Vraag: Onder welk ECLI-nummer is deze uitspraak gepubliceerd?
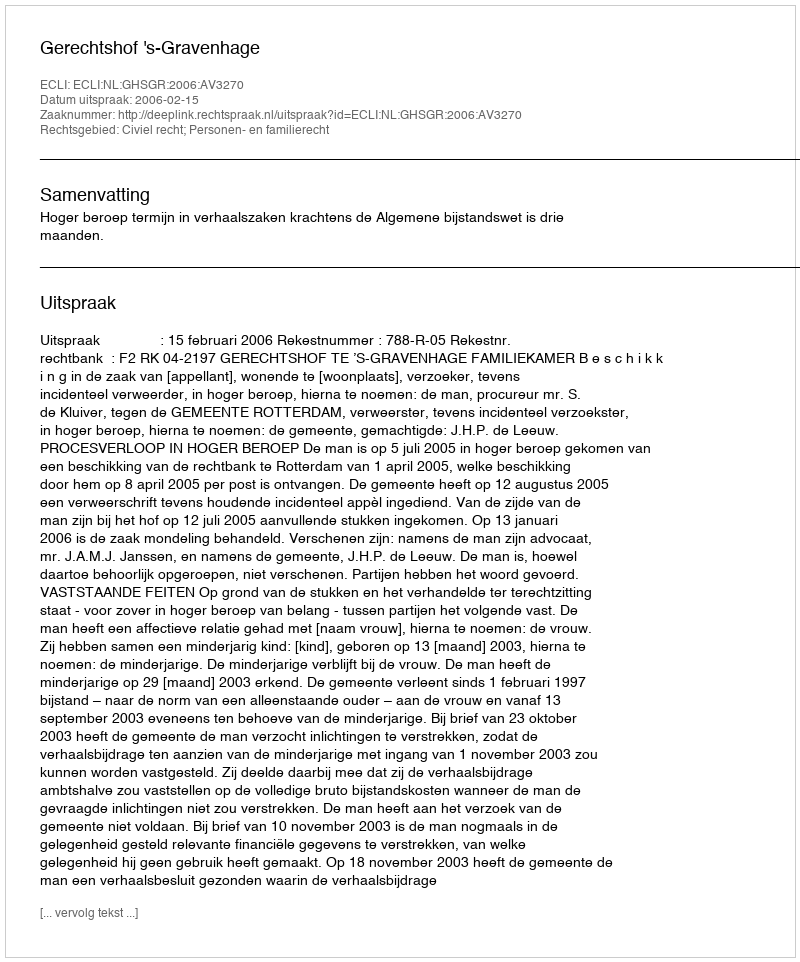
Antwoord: ECLI:NL:GHSGR:2006:AV3270